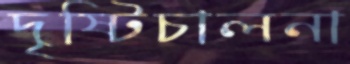
দৃষ্টিচালনা